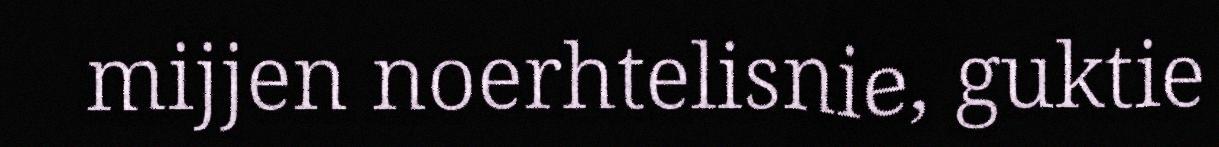
mijjen noerhtelisnie, guktie